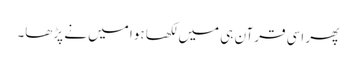
پھر اسی قرآن ہی میں لکھا ہوا میں نے پڑھا۔